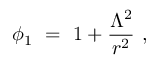
\phi _ { 1 } \ = \ 1 + \frac { \Lambda ^ { 2 } } { r ^ { 2 } } \ ,